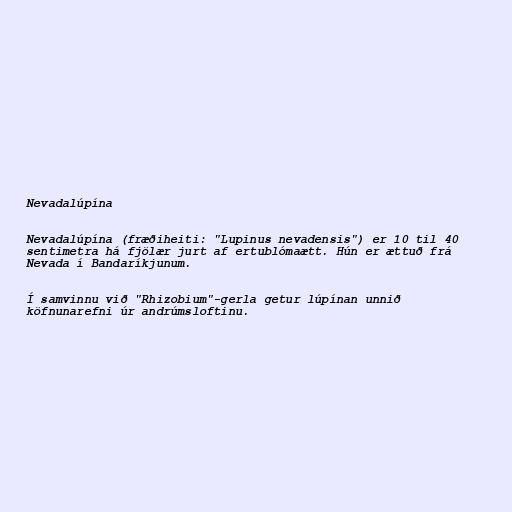
Nevadalúpína

Nevadalúpína (fræðiheiti: "Lupinus nevadensis") er 10 til 40
sentimetra há fjölær jurt af ertublómaætt. Hún er ættuð frá
Nevada í Bandaríkjunum.

Í samvinnu við "Rhizobium"-gerla getur lúpínan unnið
köfnunarefni úr andrúmsloftinu.